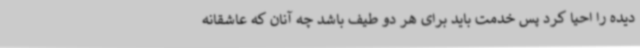
دیده را احیا کرد پس خدمت باید برای هر دو طیف باشد چه آنان که عاشقانه